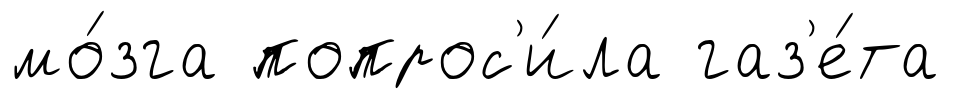
мо́зга попрос'и́ла газ'е́та